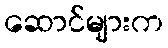
ဆောင်များက